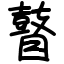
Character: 瞽